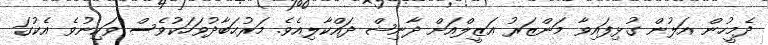
ދެމީހުން އަލުން ގުޅިފައިވާާ މަންޒަރު އަޒީލްއަށް ދާނިޝް ދައްކާލިއެވެ. މަރުޙަބާދުުވަހަކުވެސް ވަކިނުވެ އެކުގަ